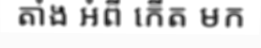
តាំង អំពី កើត មក